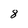
Character: 8